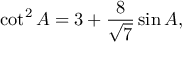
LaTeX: \cot ^ { 2 } A = 3 + { \frac { 8 } { \sqrt { 7 } } } \sin A ,